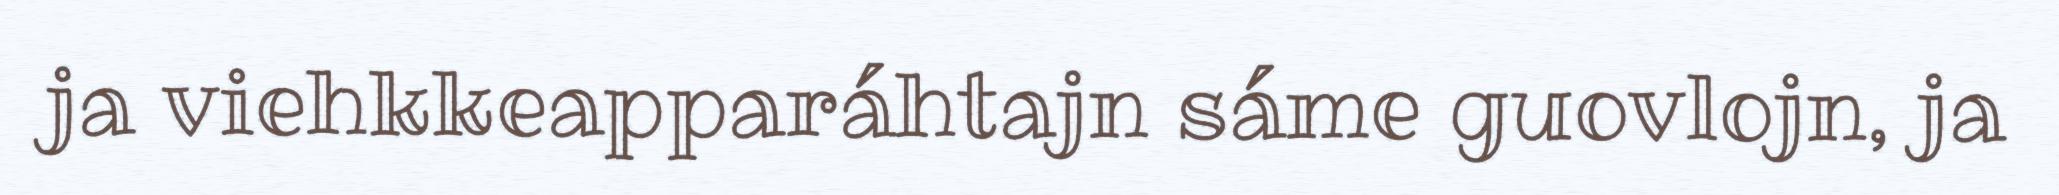
ja viehkkeapparáhtajn sáme guovlojn, ja